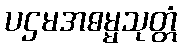
ပဌမအဓမ္မသုတ္တံ